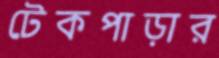
টেকপাড়ার